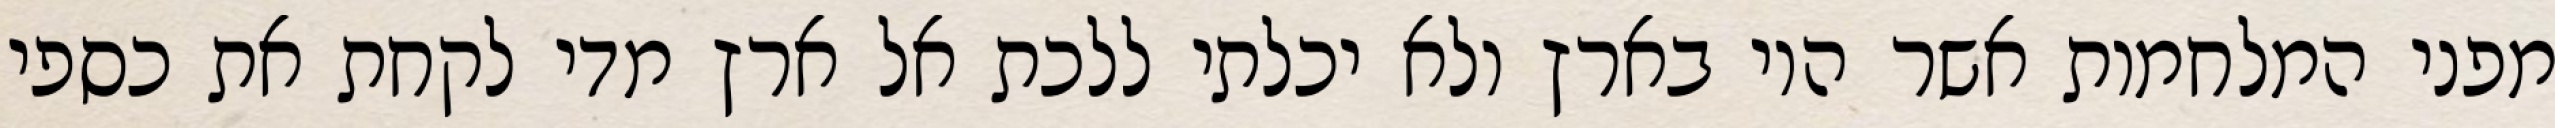
מפני המלחמות אשר היו בארץ ולא יכלתי ללכת אל ארץ מדי לקחת את כספי